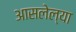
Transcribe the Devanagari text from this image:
आसलेल्या